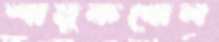
শামুকখোল